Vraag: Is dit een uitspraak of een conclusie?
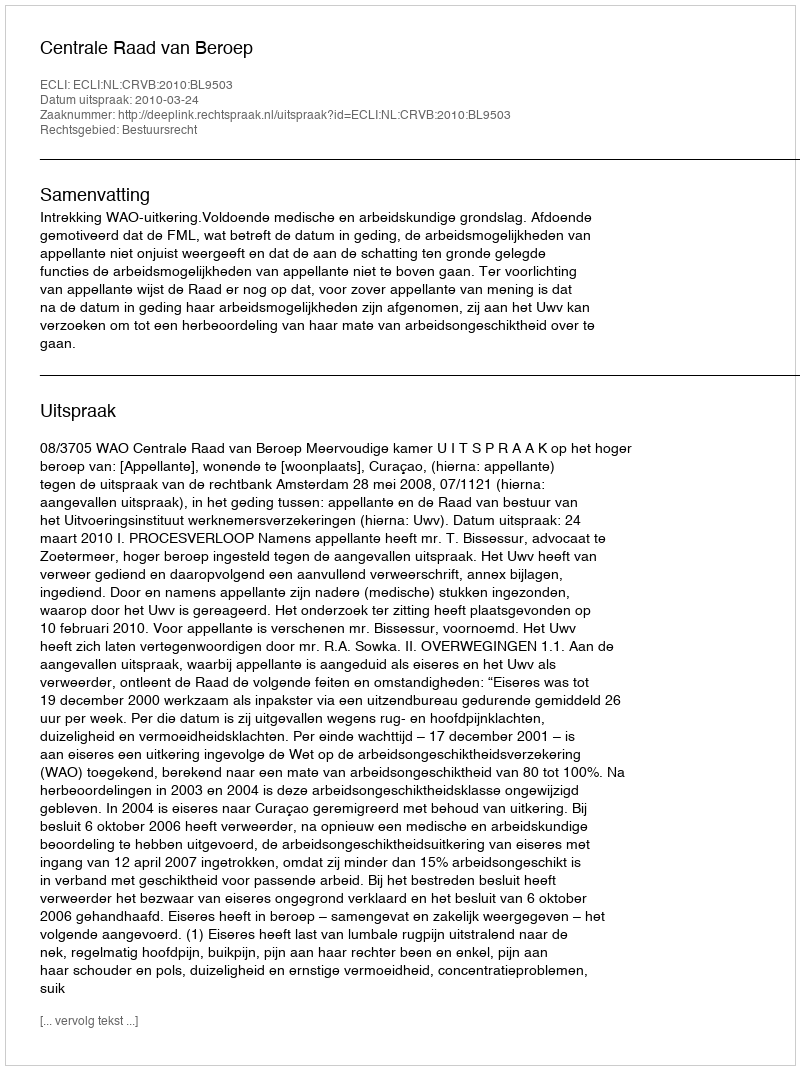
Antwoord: Uitspraak